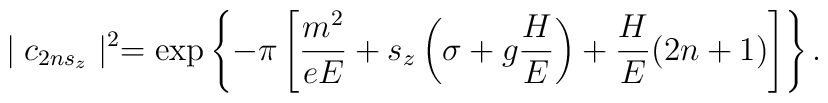
\mid c_{2ns_z}\mid ^2=\exp \left\{ -\pi \left[ \frac{m^2}{eE}+s_z\left(\sigma +g\frac HE\right) +\frac HE(2n+1)\right] \right\}.